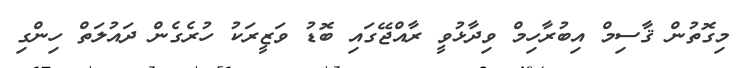
މިގޮތުން ޤާސިމް އިބުރާހިމް ވިދާޅުވީ ރާއްޖޭގައި ބޮޑު ވަޒީރަކު ހުރެގެން ދައުލަތް ހިންގި